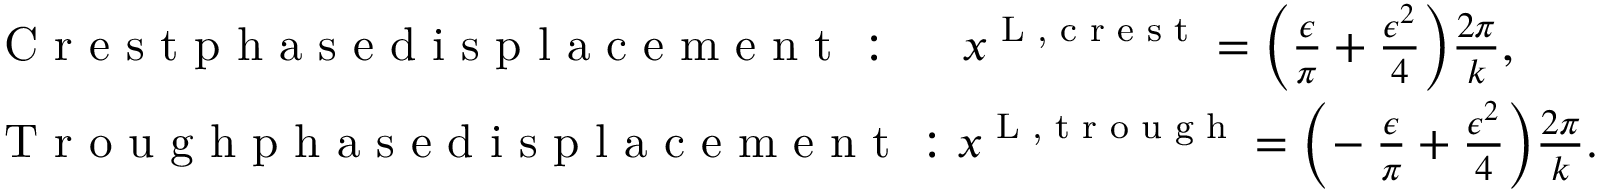
\begin{array} { r l } & { \textnormal { C r e s t p h a s e d i s p l a c e m e n t } : \, \, \, \, \, \, \, \, x ^ { \textnormal { L , c r e s t } } = \bigg ( \frac { \epsilon } { \pi } + \frac { \epsilon ^ { 2 } } { 4 } \bigg ) \frac { 2 \pi } { k } , } \\ & { \textnormal { T r o u g h p h a s e d i s p l a c e m e n t } : x ^ { \textnormal { L , t r o u g h } } = \bigg ( \! - \frac { \epsilon } { \pi } + \frac { \epsilon ^ { 2 } } { 4 } \bigg ) \frac { 2 \pi } { k } . } \end{array}